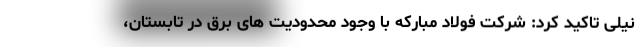
نیلی تاکید کرد: شرکت فولاد مبارکه با وجود محدودیت های برق در تابستان،